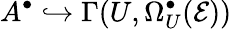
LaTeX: A^{\bullet}\hookrightarrow\Gamma(U,\Omega_{U}^{\bullet}({\cal E}))